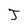
Character: J